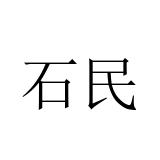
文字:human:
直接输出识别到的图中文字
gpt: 石民